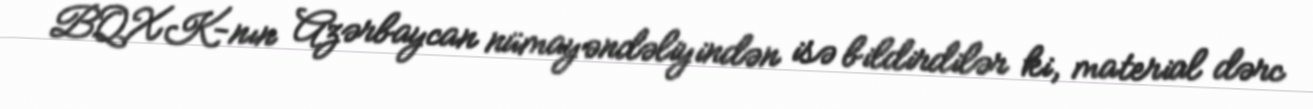
BQXK-nın Azərbaycan nümayəndəliyindən isə bildirdilər ki, material dərc